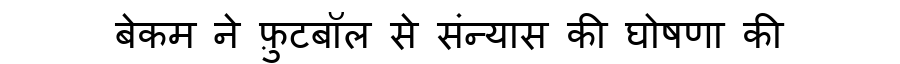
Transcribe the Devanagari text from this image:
बेकम ने फ़ुटबॉल से संन्यास की घोषणा की